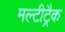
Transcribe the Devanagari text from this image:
मल्टीट्रैक